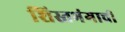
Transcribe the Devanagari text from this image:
शिस्तभंगाची